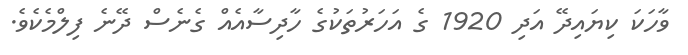
ވާހަކަ ކިޔައިދޭ އަދި 1920 ގެ އަހަރުތަކުގެ ހާދިސާއެއް ގެނެސް ދޭނެ ފިލްމެކެވެ.